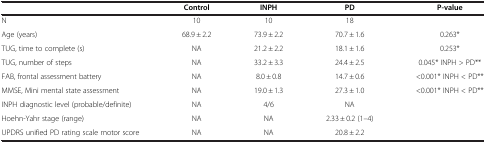
|  | Control | INPH | PD | P-value |
 | --- | --- | --- | --- | --- |
 | N | 10 | 10 | 18 |  |
 | Age (years) | 68.9 ± 2.2 | 73.9 ± 2.2 | 70.7 ± 1.6 | 0.263* |
 | TUG, time to complete (s) | NA | 21.2 ± 2.2 | 18.1 ± 1.6 | 0.253* |
 | TUG, number of steps | NA | 33.2 ± 3.3 | 24.4 ± 2.5 | 0.045* INPH > PD** |
 | FAB, frontal assessment battery | NA | 8.0 ± 0.8 | 14.7 ± 0.6 | <0.001* INPH < PD** |
 | MMSE, Mini mental state assessment | NA | 19.0 ± 1.3 | 27.3 ± 1.0 | <0.001* INPH < PD** |
 | INPH diagnostic level (probable/definite) | NA | 4/6 | NA |  |
 | Hoehn-Yahr stage (range) | NA | NA | 2.33 ± 0.2 (1–4) |  |
 | UPDRS unified PD rating scale motor score | NA | NA | 20.8 ± 2.2 |  |